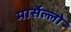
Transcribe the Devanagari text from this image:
मार्सेल्लो